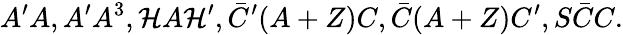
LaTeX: A^{\prime}A,A^{\prime}A^{3},\mathcal{H}A\mathcal{H}^{\prime},\bar{{C}}^{\prime}(A+Z)C,\bar{{C}}(A+Z)C^{\prime},S\bar{{C}}C.